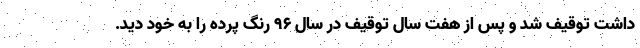
داشت توقیف شد و پس از هفت سال توقیف در سال ۹۶ رنگ پرده را به خود دید.